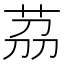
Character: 茘